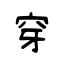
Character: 穿